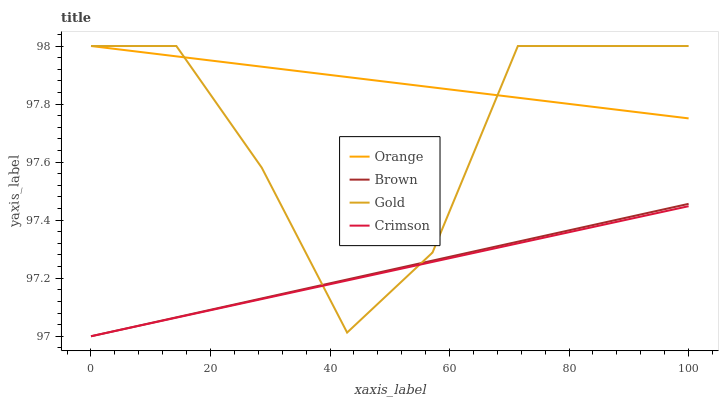
| xaxis_label | Orange | Brown | Gold | Crimson |
 | --- | --- | --- | --- | --- |
 | 0 | 98 | 97 | 98 | 97 |
 | 14.3 | 98 | 97.1 | 98 | 97.1 |
 | 28.6 | 97.9 | 97.1 | 97.6 | 97.1 |
 | 42.9 | 97.9 | 97.2 | 97 | 97.2 |
 | 57.1 | 97.9 | 97.3 | 97.3 | 97.3 |
 | 71.4 | 97.8 | 97.3 | 98 | 97.3 |
 | 85.7 | 97.8 | 97.4 | 98 | 97.4 |
 | 100 | 97.8 | 97.5 | 98 | 97.4 |